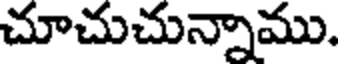
చూచుచున్నాము.